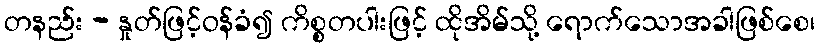
တနည်း - နှုတ်ဖြင့်ဝန်ခံ၍ ကိစ္စတပါးဖြင့် ထိုအိမ်သို့ ရောက်သောအခါဖြစ်စေ၊